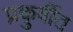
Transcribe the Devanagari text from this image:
प्रकुर्वीत